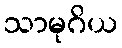
သာမုဂိယ